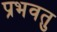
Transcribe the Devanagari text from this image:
प्रभवतु